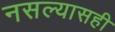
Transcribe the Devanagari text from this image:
नसल्यासही